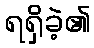
ရရှိခဲ့၏